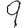
Digit: 9